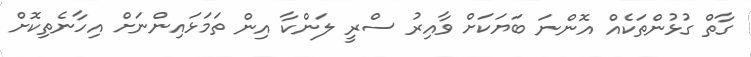
ގާތް ގުޅުންތަކެއް އޮންނަ ބަޔަކަށް ވާއިރު ސްރީ ލަންކާ އިން ތަމަޅައިންނަށް އިހާނެތިކޮށް